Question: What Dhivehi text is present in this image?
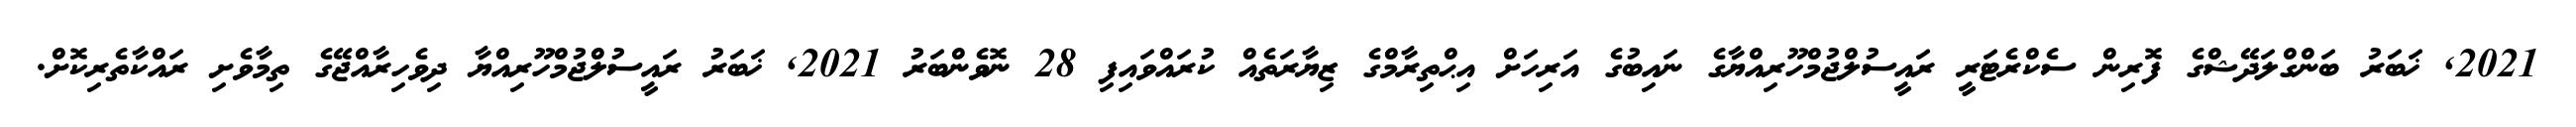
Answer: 2021, ޚަބަރު ބަންގްލަދޭޝްގެ ފޮރިން ސެކްރެޓަރީ ރައީސުލްޖުމްހޫރިއްޔާގެ ނައިބުގެ އަރިހަށް އިޙްތިރާމްގެ ޒިޔާރަތެއް ކުރައްވައިފި 28 ނޮވެންބަރު 2021, ޚަބަރު ރައީސުލްޖުމްހޫރިއްޔާ ދިވެހިރާއްޖޭގެ ތިމާވެށި ރައްކާތެރިކޮށް.